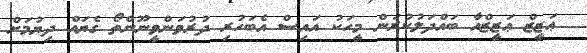
ޢަޒީޒް ޢަޒީޒްއާ ބައްދަލުކުރަން މީހަކު އައިސް އެބަހުރި ދުރުވަންވީނޫންތޯ ގެޔައް ދިޔުމަށް